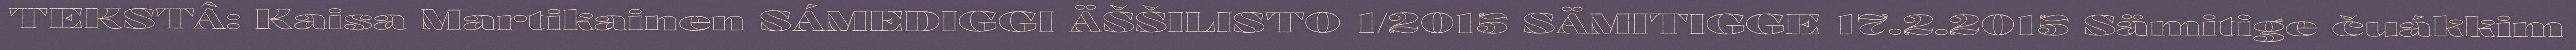
TEKSTÂ: Kaisa Martikainen SÁMEDIGGI ÄŠŠILISTO 1/2015 SÄMITIGGE 17.2.2015 Sämitige čuákkim